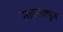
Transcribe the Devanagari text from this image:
साइराक्यूज